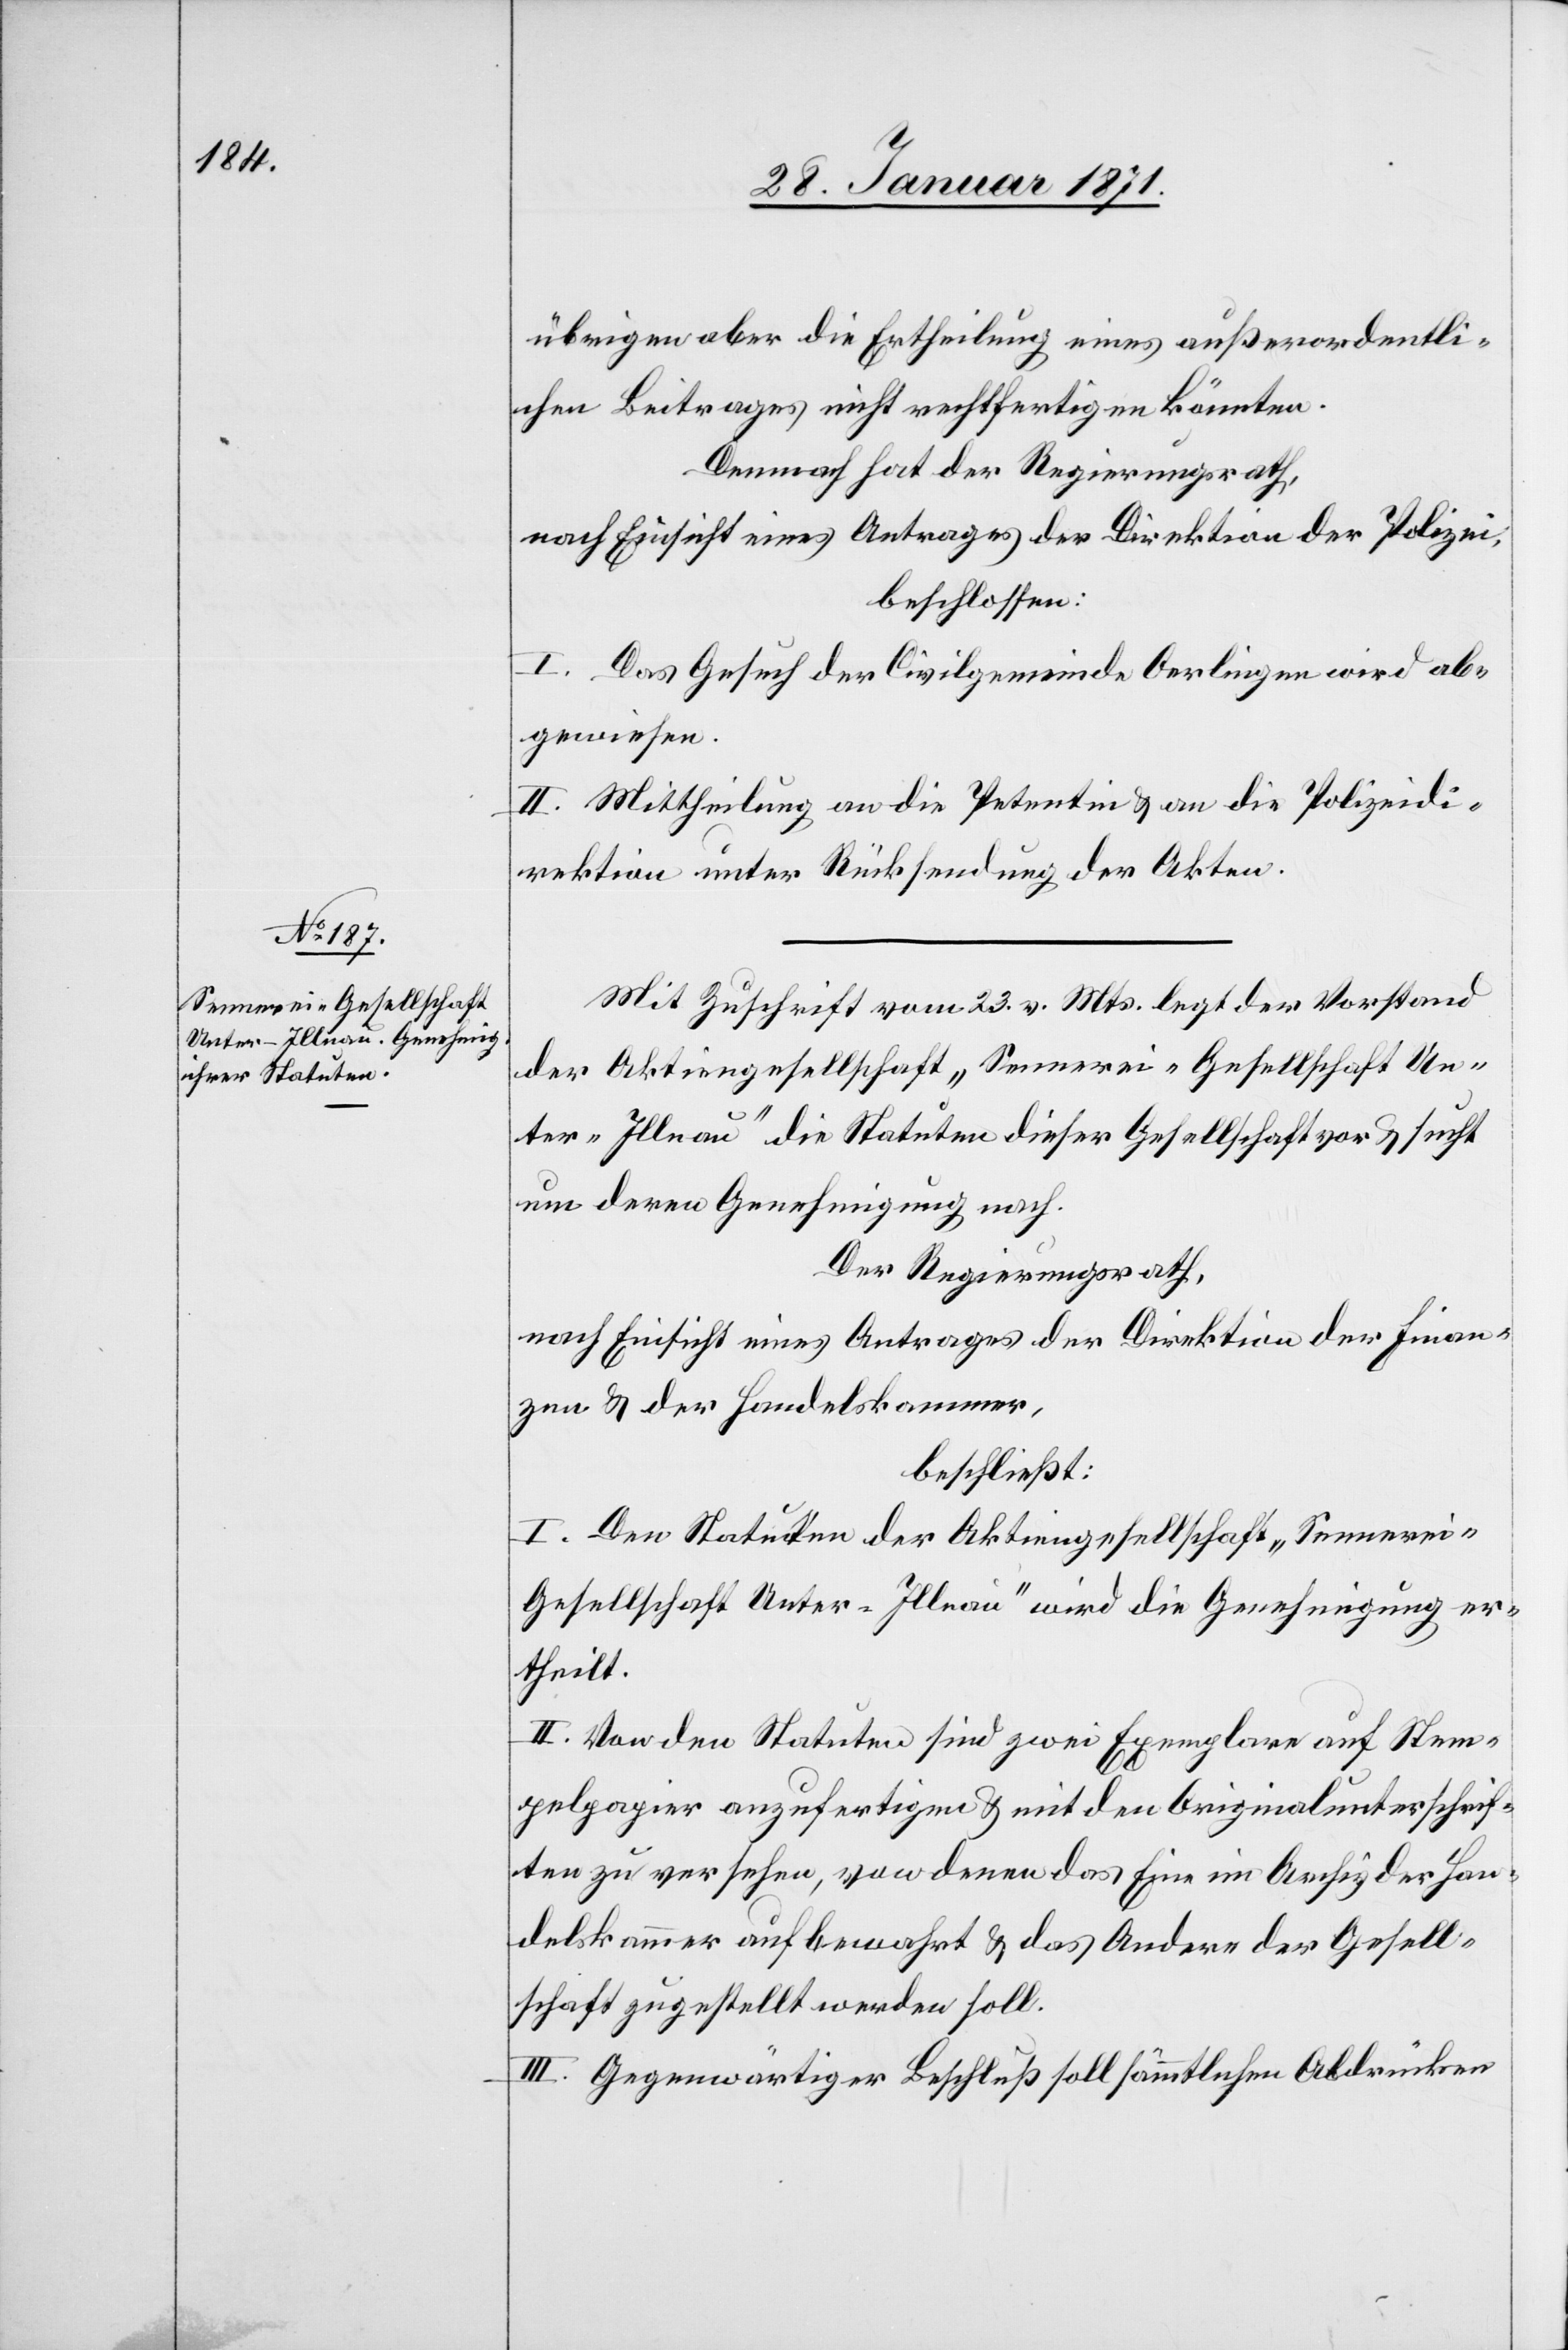
übrigen aber die Ertheilung eines außerordentli¬
chen Beitrages nicht rechtfertigen könnten.
Demnach hat der Regierungsrath,
nach Einsicht eines Antrages der Direktion der Polizei,
beschlossen:
I. Das Gesuch der Civilgemeinde Oerlingen wird ab¬
gewiesen.
II. Mittheilung an die Petentin u. an die Polizeidi¬
rektion unter Rücksendung der Akten.
Mit Zuschrift vom 23. v. Mts. legt der Vorstand
der Aktiengesellschaft „Sennerei“ Gesellschaft Un¬
ter „Illnau“ die Statuten dieser Gesellschaft vor u. sucht
um deren Genehmigung nach.
Der Regierungsrath,
nach Einsicht eines Antrages der Direktion der Finan¬
zen u. der Handelskammer,
beschließt:
I. Den Statuten der Aktiengesellschaft „Sennerei“
Gesellschaft Unter „Illnau“ wird die Genehmigung er¬
theilt.
II. Von den Statuten sind zwei Exemplare auf Stem¬
pelpapier anzufertigen u. mit den Originalunterschrif¬
ten zu versehen, von denen das Eine im Archiv der Han¬
delskammer aufbewahrt u. das Andere der Gesell¬
schaft zugestellt werden soll.
III. Gegenwärtiger Beschluß soll sämmtlichen Abdrücken